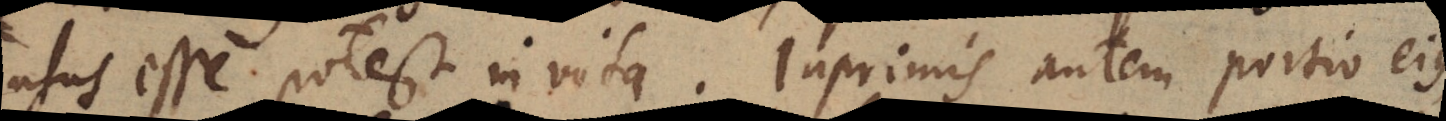
usus esse potest in vita. Inprimis autem portio ejus